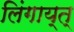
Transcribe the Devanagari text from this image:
लिंगाय्त्